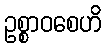
ဥစ္စာဝစေဟိ